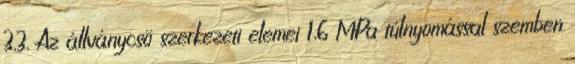
3.3. Az állványcsõ szerkezeti elemei 1,6 MPa túlnyomással szemben